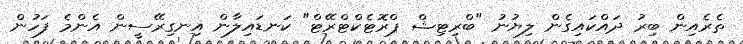
ތެރެއިން ބިރު ދައްކައިގެން ލިޔުނު "ބްރިޓިޝް ޕްރޮޓެކްޓްރޭޓް" ކަނޑައިލާން އިނގިރޭސީން އެންމެ ފަހުން